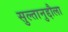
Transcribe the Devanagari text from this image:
सुल्तानुद्दौला